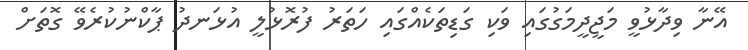
އޭނާ ވިދާޅުވީ މަޖީދީމަގުގައި ވަކި ގަޑިތަކެއްގައި ހަތަރު ފުރޮޅުލީ އުޅަނދު ޕާކްނުކުރެވޭ ގޮތަށް